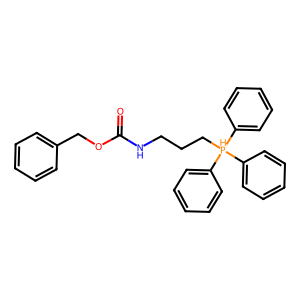
SMILES: O=C(NCCC[PH](c1ccccc1)(c1ccccc1)c1ccccc1)OCc1ccccc1
Inhibits HIV replication: No